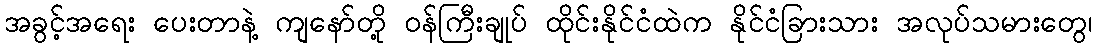
အခွင့်အရေး ပေးတာနဲ့ ကျနော်တို့ ဝန်ကြီးချုပ် ထိုင်းနိုင်ငံထဲက နိုင်ငံခြားသား အလုပ်သမားတွေ၊